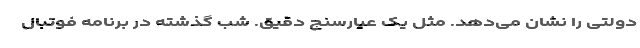
دولتی را نشان می‌دهد. مثل یک عیارسنج دقیق. شب گذشته در برنامه فوتبال